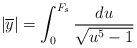
\begin{align*}|\overline{y}|=\int_0^{F_s}\frac{du}{\sqrt{u^5-1}}\end{align*}